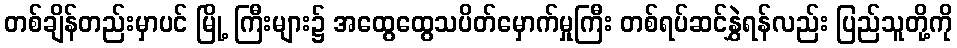
တစ်ချိန်တည်းမှာပင် မြို့ ကြီးများ၌ အထွေထွေသပိတ်မှောက်မှုကြီး တစ်ရပ်ဆင်နွှဲရန်လည်း ပြည်သူတို့ကို